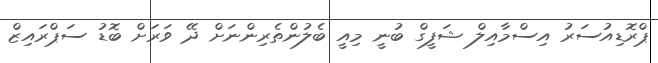
ޕްރޮޑިއުސަރު އިސްމާއިލް ޝަފީގް ބުނީ މިއީ ބެލުންތެރިންނަށް ދޭ ވަރަށް ބޮޑު ސަޕްރައިޒް